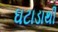
ઘટાડાથી